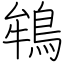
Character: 鴾